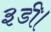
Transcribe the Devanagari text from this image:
३डी।